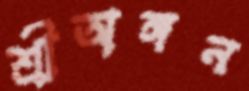
শ্রীঅঙ্গন